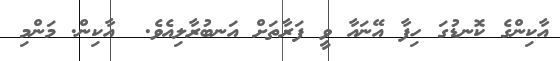
އާކިންގެ ކޮނޑުގަ ހިފާ އޭނައާ ވީ ފަރާތަށް އަނބުރާލިއެވެ.  އާކިން. މަންމި